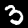
Digit: 3